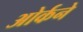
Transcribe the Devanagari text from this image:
ओर्कने